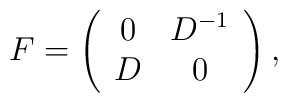
F=\left(\begin{array}{cc}0 & D^{-1} \\D & 0\end{array}\right),